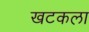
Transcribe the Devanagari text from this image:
खटकला